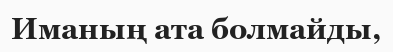
Иманың ата болмайды,